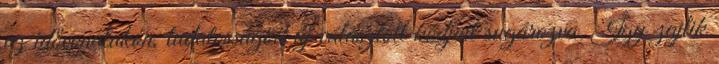
az idővonalakon, tudatosságod új választott kódjait sugározva. Így zajlik